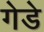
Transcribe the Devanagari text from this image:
गेडे